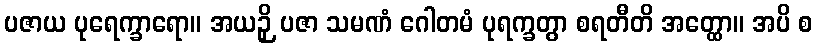
ပဇာယ ပုရေက္ခာရော။ အယဉှိ ပဇာ သမဏံ ဂေါတမံ ပုရက္ခတွာ စရတီတိ အတ္ထော။ အပိ စ